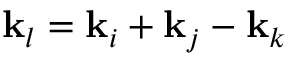
\mathbf { k } _ { l } = \mathbf { k } _ { i } + \mathbf { k } _ { j } - \mathbf { k } _ { k }